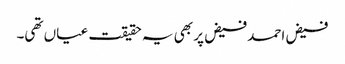
فیض احمد فیض پر بھی یہ حقیقت عیاں تھی۔